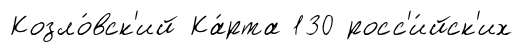
Козло́вск'ий Ка́рта 130 росс'и́йск'их